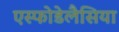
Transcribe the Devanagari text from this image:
एस्फोडेलैसिया